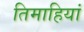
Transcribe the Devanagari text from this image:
तिमाहियां